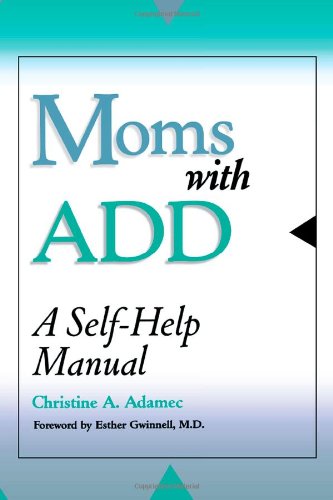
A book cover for Moms with ADD: A Self-Help Manual; Christine Adamec; Health, Fitness & Dieting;